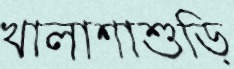
খালাশাশুড়ি